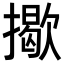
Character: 𢶆